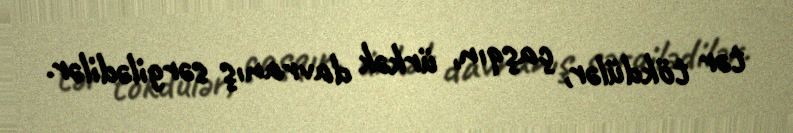
tər tökdülər, çaşqın, ürkək davranış sərgilədilər.